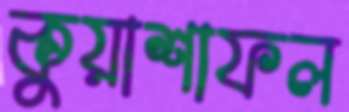
কুয়াশাফল